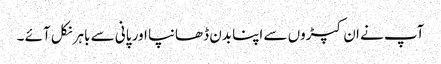
آپ نے ان کپڑوں سے اپنا بدن ڈھانپا اور پانی سے باہر نکل آئے ۔